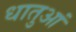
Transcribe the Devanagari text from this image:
धातुआं